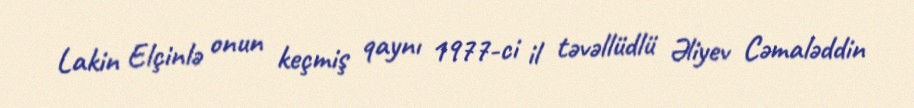
Lakin Elçinlə onun keçmiş qaynı 1977-ci il təvəllüdlü Əliyev Cəmaləddin